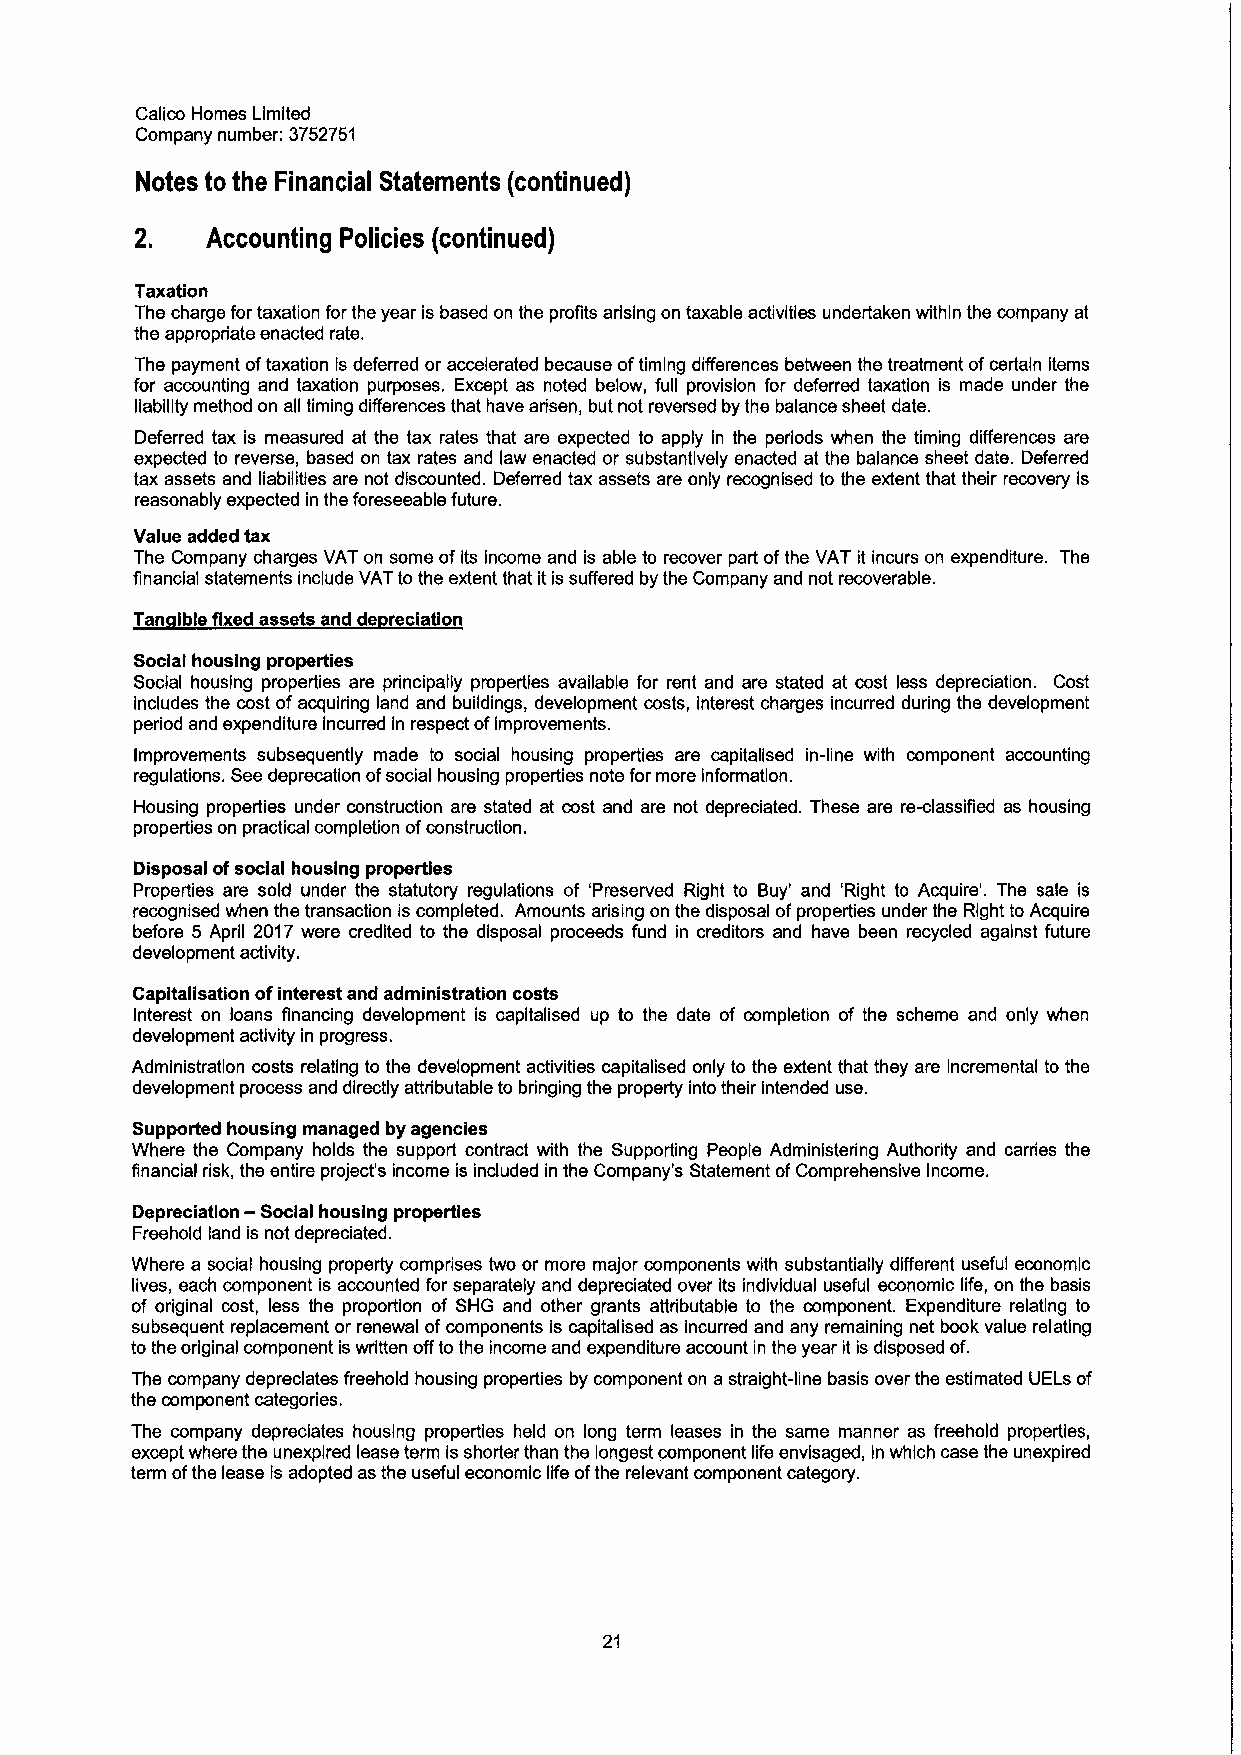
Calico Homes Limited
 Company number: 3752751
 Notes to the Financial Statements (continued)
 2.   Accounting Policies (continued)
 Taxation
 The charge for taxation for the year is based on the profits arising on taxable activities undertaken within the company at
 the appropriate enacted rate.
 The payment oftaxation is deferred or accelerated because oftiming differences between the treatment ofcertain items
 for accounting and taxation purposes. Except as noted below, full provision for deferred taxation is made under the
 liability method on all timing differences that have arisen, but not reversed by the balance sheet date.
 Deferred tax is measured at the tax rates that are expected to apply in the periods when the timing differences are
 expected to reverse, based on tax rates and law enacted or substantlvely enacted at the balance sheet date. Deferred
 tax assets and liabilities are not discounted. Deferred tax assets are only recognised to the extent that their recovery is
 reasonably expected in the foreseeable future.
 Value added tax
 The Company charges VAT on some of its income and is able to recover part ofthe VAT it incurs on expenditure. The
 financial statements include VATto the extent that it is suffered by the Company and not recoverable.
 Tan Ible fixed assets and de reciation
 Social housing properties
 Social housing properties are principally properties available for rent and are stated at cost less depreciation. Cost
 includes the cost ofacquiring land and buildings, development costs, interest charges incurred during the development
 period and expenditure incurred in respect ofimprovements.
 Improvements subsequently made to social housing properties are capitalised in-line with component accounting
 regulations. See deprecation ofsocial housing properties note for more information.
 Housing properties under construction are stated at cost and are not depreciated. These are re-classifiied as housing
 properties on practical completion ofconstruction.
 Disposal ofsocial housing properties
 Properties are sold under the statutory regulations of 'Preserved Right to Buy' and 'Right to Acquire'. The sale is
 recognised when the transaction is completed. Amounts arising on the disposal ofproperties under the Right to Acquire
 before 5 April 2017 were credited to the disposal proceeds fund in creditors and have been recycled against future
 development activity.
 Capitalisation ofinterest and administration costs
 Interest on loans financing development is capitalised up to the date of completion of the scheme and only when
 development activity in progress.
 Administration costs relating to the development activities capitalised only to the extent that they are incremental to the
 development process and directly attributable to bringing the property into their intended use.
 Supported housing managed by agencies
 Where the Company holds the support contract with the Supporting People Administering Authority and carries the
 financial risk, the entire project's income is included in the Company's Statement ofComprehensive Income.
 Depreciation
 —Social
 housing properties
 Freehold land is not depreciated.
 Where a social housing property comprises two or more major components with substantially different useful economic
 lives, each component is accounted for separately and depreciated over its individual useful economic life, on the basis
 of original cost, less the proportion of SHG and other grants attributable to the component. Expenditure relating to
 subsequent replacement or renewal ofcomponents is capitalised as incurred and any remaining net book value relating
 tothe original component is written offtothe income and expenditure account in the year it is disposed of.
 The company depreclates freehold housing properties by component on a straight-line basis over the estimated UELs of
 the component categories.
 The company depreciates housing properties held on long term leases in the same manner as freehold properties,
 except where the unexpired lease term isshorter than the longest component life envisaged, in which case the unexpired
 term ofthe lease is adopted as the useful economic life ofthe relevant component category.
 21